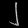
Digit: ၂